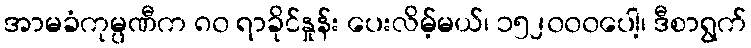
အာမခံကုမ္ပဏီက ၈၀ ရာခိုင်နှုန်း ပေးလိမ့်မယ်၊ ၁၅၂၀၀၀ပေါ့၊ ဒီစာရွက်